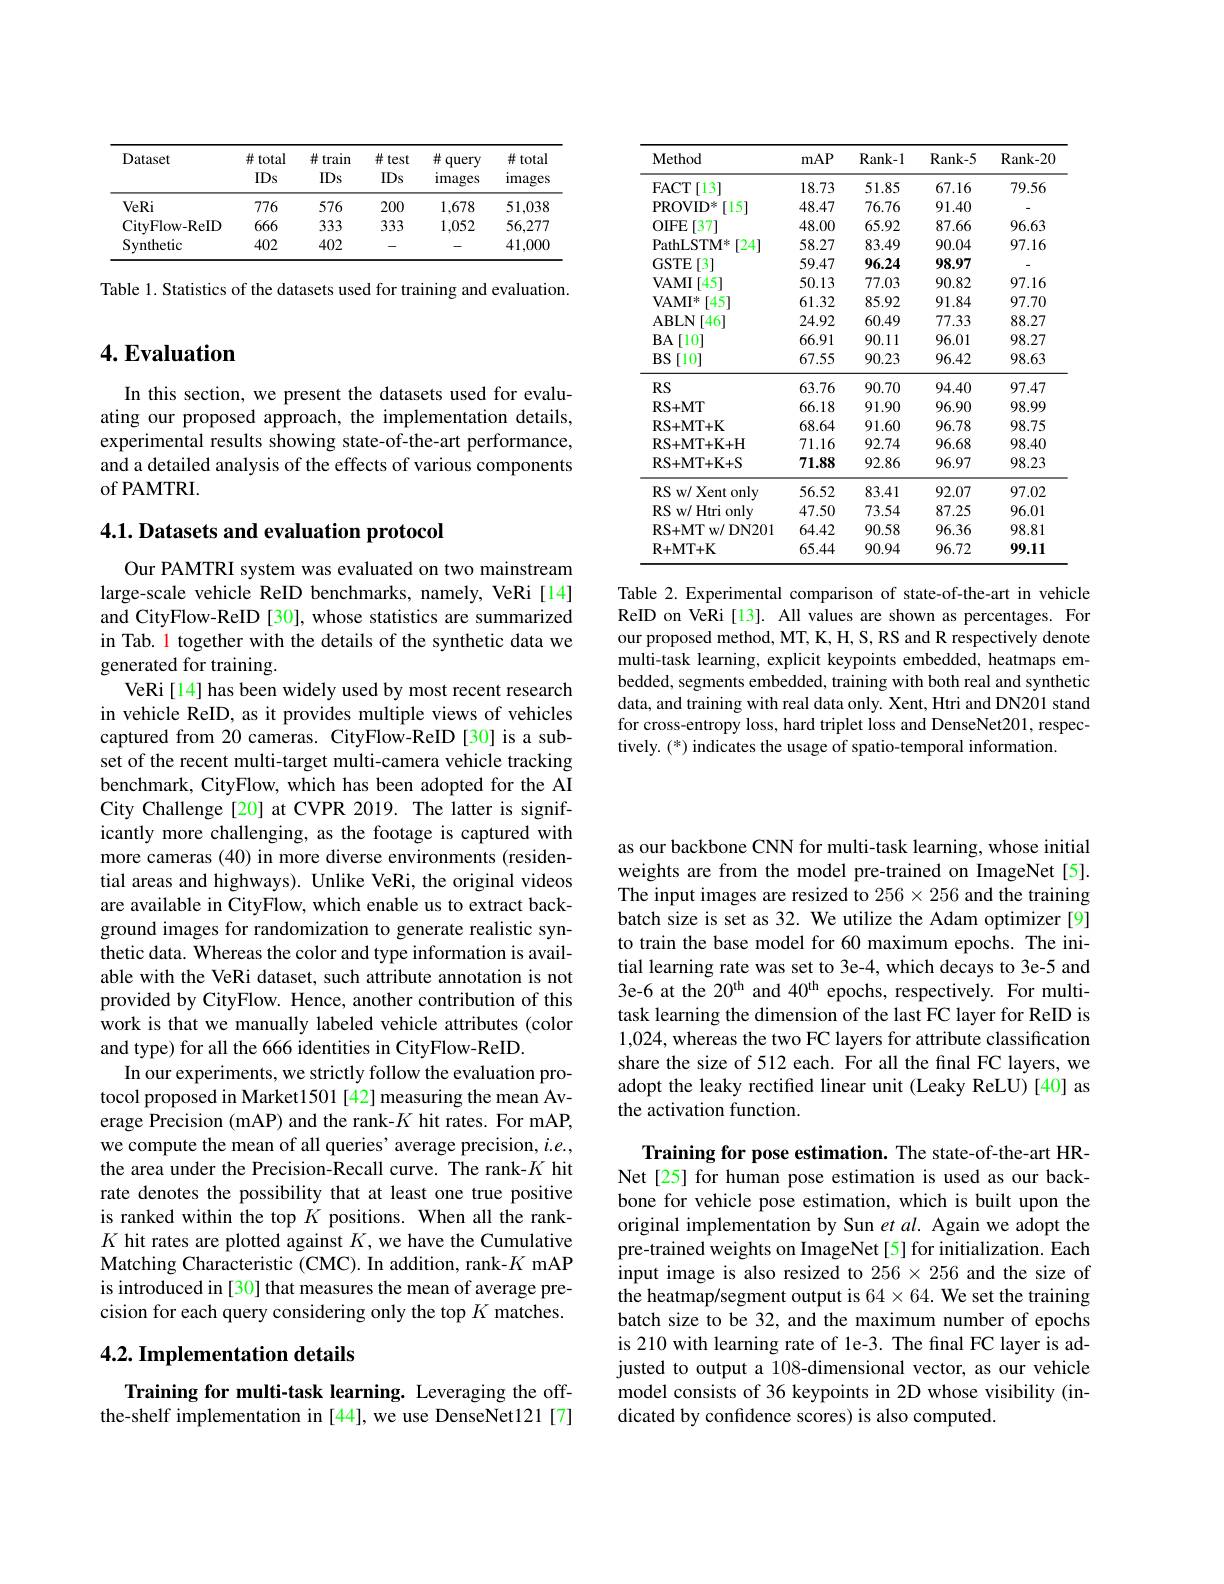
<table>
	<tbody>
		<tr>
			<th>Dataset</th>
			<th>$\#$total IDs</th>
			<th>$\#$train IDs</th>
			<th>井 test IDs</th>
			<th>$\#$query images</th>
			<th>$\#total$ images</th>
		</tr>
		<tr>
			<td>VeRi</td>
			<td>776</td>
			<td>576</td>
			<td>200</td>
			<td>1,678</td>
			<td>51,038</td>
		</tr>
		<tr>
			<td>CityFlow- ReID</td>
			<td>666</td>
			<td>333</td>
			<td>333</td>
			<td>1,052</td>
			<td>56,277</td>
		</tr>
		<tr>
			<td>Synthetic</td>
			<td>402</td>
			<td>402</td>
			<td> </td>
			<td> </td>
			<td>41,000</td>
		</tr>
	</tbody>
</table>

Table 1. Statistics of the datasets used for training and evaluation.

<table>
	<tbody>
		<tr>
			<th>Method</th>
			<th>mAP</th>
			<th>Rank- 1</th>
			<th>Rank- 5</th>
			<th>Rank- 20</th>
		</tr>
		<tr>
			<td>FACT $^{\prime}[13]$</td>
			<td>18.73</td>
			<td>51.85</td>
			<td>67.16</td>
			<td>79.56</td>
		</tr>
		<tr>
			<td>PROVID* [15]</td>
			<td>48.47</td>
			<td>76.76</td>
			<td>91.40</td>
			<td> </td>
		</tr>
		<tr>
			<td>$OIFE$ [37]</td>
			<td>48.00</td>
			<td>65.92</td>
			<td>87.66</td>
			<td>96.63</td>
		</tr>
		<tr>
			<td>PathLSTM* [24]</td>
			<td>58.27</td>
			<td>83.49</td>
			<td>90.04</td>
			<td>97.16</td>
		</tr>
		<tr>
			<td>GSTE [3]</td>
			<td>59.47</td>
			<td>96.24</td>
			<td>98.97</td>
			<td> </td>
		</tr>
		<tr>
			<td>VAMI [45]</td>
			<td>50.13</td>
			<td>77.03</td>
			<td>90.82</td>
			<td>97.16</td>
		</tr>
		<tr>
			<td>$VAMI^{*}$ [45]</td>
			<td>61.32</td>
			<td>85.92</td>
			<td>91.84</td>
			<td>97.70</td>
		</tr>
		<tr>
			<td>ABLN [46]</td>
			<td>24.92</td>
			<td>60.49</td>
			<td>77.33</td>
			<td>88.27</td>
		</tr>
		<tr>
			<td>$BA$ $\Lambda[10]$ </td>
			<td>66.91</td>
			<td>90.11</td>
			<td>96.01</td>
			<td>98.27</td>
		</tr>
		<tr>
			<td>$BS[10]$</td>
			<td>67.55</td>
			<td>90.23</td>
			<td>96.42</td>
			<td>98.63</td>
		</tr>
		<tr>
			<td>$RS$</td>
			<td>63.76</td>
			<td>90.70</td>
			<td>94.40</td>
			<td>97.47</td>
		</tr>
		<tr>
			<td>RS+ MT</td>
			<td>66.18</td>
			<td>91.90</td>
			<td>96.90</td>
			<td>98.99</td>
		</tr>
		<tr>
			<td>RS+ MT+ K</td>
			<td>68.64</td>
			<td>91.60</td>
			<td>96.78</td>
			<td>98.75</td>
		</tr>
		<tr>
			<td>$RS+MT+K+H$</td>
			<td>71.16</td>
			<td>92.74</td>
			<td>96.68</td>
			<td>98.40</td>
		</tr>
		<tr>
			<td>RS+ MT+ K+ S</td>
			<td>71.88</td>
			<td>92.86</td>
			<td>96.97</td>
			<td>98.23</td>
		</tr>
		<tr>
			<td>RS w/ Xent only</td>
			<td>56.52</td>
			<td>83.41</td>
			<td>92.07</td>
			<td>97.02</td>
		</tr>
		<tr>
			<td>RS w/ Htri only</td>
			<td>47.50</td>
			<td>73.54</td>
			<td>87.25</td>
			<td>96.01</td>
		</tr>
		<tr>
			<td>RS+MT w/ DN201</td>
			<td>64.42</td>
			<td>90.58</td>
			<td>96.36</td>
			<td>98.81</td>
		</tr>
		<tr>
			<td>R+ MT+ K</td>
			<td>65.44</td>
			<td>90.94</td>
			<td>96.72</td>
			<td>99.11</td>
		</tr>
	</tbody>
</table>

Table 2. Experimental comparison of state-of-the-art in vehicle ReID on VeRi[13]. All values are shown as percentages. For our proposed method, MT, K, H, S, RS and R respectively denote multi-task learning, explicit keypoints embedded, heatmaps embedded, segments embedded, training with both real and synthetic data, and training with real data only. Xent, Htri and DN201 stand for cross-entropy loss, hard triplet loss and DenseNet201, respectively. (*) indicates the usage of spatio-temporal information.

# 4. Evaluation

In this section, we present the datasets used for evaluating our proposed approach, the implementation details, experimental results showing state-of-the-art performance, and a detailed analysis of the effects of various components of PAMTRI.

## 4.1. Datasets and evaluation protocol

Our PAMTRI system was evaluated on two mainstream large-scale vehicle ReID benchmarks, namely, VeRi[14] and CityFlow-ReID [30], whose statistics are summarized in Tab. l together with the details of the synthetic data we generated for training.
VeRi[14] has been widely used by most recent research in vehicle ReID, as it provides multiple views of vehicles captured from 20 cameras. CityFlow-ReID [30] is a subset of the recent multi-target multi-camera vehicle tracking benchmark, CityFlow, which has been adopted for the AI City Challenge[20] at CVPR 2019. The latter is significantly more challenging, as the footage is captured with more cameras (40) in more diverse environments (residential areas and highways). Unlike VeRi, the original videos are available in CityFlow, which enable us to extract background images for randomization to generate realistic synthetic data. Whereas the color and type information is available with the VeRi dataset, such attribute annotation is not provided by CityFlow. Hence, another contribution of this work is that we manually labeled vehicle attributes (color and type) for all the 666 identities in CityFlow-ReID.
In our experiments, we strictly follow the evaluation protocol proposed in Market1501 [42] measuring the mean Average Precision (mAP) and the rank-$K$ hit rates. For mAP, we compute the mean of all queries' average precision, $i.e.$, the area under the Precision-Recall curve. The rank-$K$ hit rate denotes the possibility that at least one true positive is ranked within the top $K$ positions. When all the rank- $K$ hit rates are plotted against $K$,we have the Cumulative Matching Characteristic (CMC). In addition, rank-$K$ mAP is introduced in [30] that measures the mean of average precision for each query considering only the top $K$ matches.

## 4.2. Implementation details

Training for multi-task learning. Leveraging the offthe-shelf implementation in [44], we use DenseNet121[7]

as our backbone CNN for multi-task learning, whose initial weights are from the model pre-trained on ImageNet[5]. The input images are resized to $256\times256$ and the training batch size is set as 32. We utilize the Adam optimizer [9] to train the base model for 60 maximum epochs. The initial learning rate was set to 3e-4, which decays to 3e-5 and 3e-6 at the 20$^\mathrm{th}$ and 40$^\mathrm{th}$ epochs, respectively. For multitask learning the dimension of the last FC layer for ReID is 1,024, whereas the two FC layers for attribute classification share the size of 512 each. For all the final FC layers, we adopt the leaky rectifed linear unit (Leaky ReLU)[40] as the activation function.

Training for pose estimation. The state-of-the-art HRNet[25] for human pose estimation is used as our backbone for vehicle pose estimation, which is built upon the original implementation by Sun et al. Again we adopt the pre-trained weights on ImageNet[5] for initialization. Each input image is also resized to $256\times256$ and the size of the heatmap/segment output is $64\times64.$ We set the training batch size to be 32, and the maximum number of epochs is 210 with learning rate of le-3. The fnal FC layer is adjusted to output a 108-dimensional vector, as our vehicle model consists of 36 keypoints in 2D whose visibility (indicated by confidence scores) is also computed.